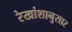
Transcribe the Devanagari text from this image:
रेखांशानुसार